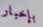
بإخبار